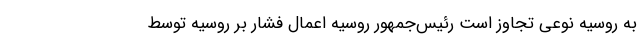
به روسیه نوعی تجاوز است رئیس‌جمهور روسیه اعمال فشار بر روسیه توسط